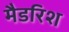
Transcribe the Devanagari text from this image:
मैडरिश